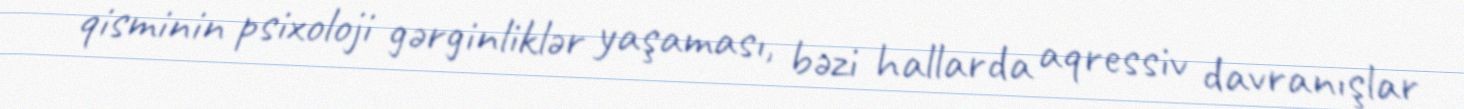
qisminin psixoloji gərginliklər yaşaması, bəzi hallarda aqressiv davranışlar